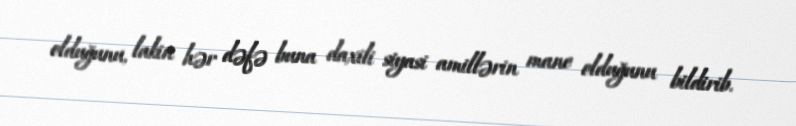
olduğunu, lakin hər dəfə buna daxili siyasi amillərin mane olduğunu bildirib.